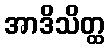
အာဒိသိတ္ထ